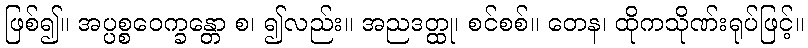
ဖြစ်၍။ အပ္ပစ္စဝေက္ခန္တော စ၊ ၍လည်း။ အညဒတ္ထု၊ စင်စစ်။ တေန၊ ထိုကသိုဏ်းရုပ်ဖြင့်။